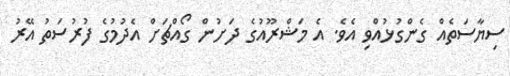
ސިޔާސަތެއް ގެންގުޅުއްވި އެވެ. އެ މަޝްރޫއުގެ ދަށުން ގޯއްޗަށް އެދުމުގެ ފުރުސަތު އޭރު